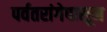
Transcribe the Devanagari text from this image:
पर्वतरांगेपासून